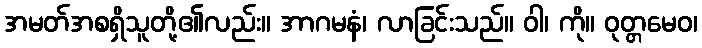
အမတ်အစရှိသူတို့၏လည်း။ အာဂမနံ၊ လာခြင်းသည်။ ဝါ၊ ကို။ ဝုတ္တမေဝ၊